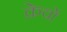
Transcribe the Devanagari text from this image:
क्रेचों